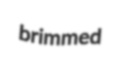
brimmed